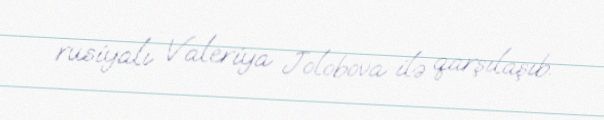
rusiyalı Valeriya Jolobova ilə qarşılaşıb.